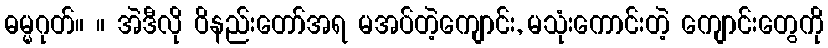
ဓမ္မဂုတ်။ ။ အဲဒီလို ဝိနည်းတော်အရ မအပ်တဲ့ကျောင်း, မသုံးကောင်းတဲ့ ကျောင်းတွေကို